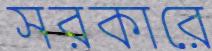
সরকারে